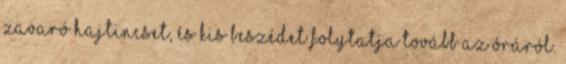
zavaró hajtincset, és kis beszédet folytatja tovább az óráról.